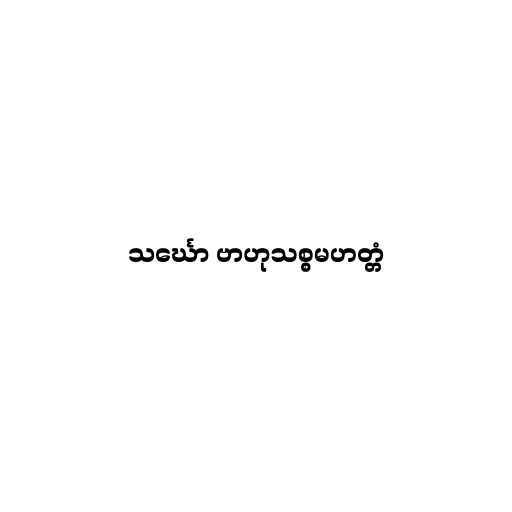
သင်္ဃော ဗာဟုသစ္စမဟတ္တံ